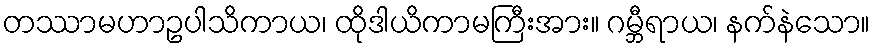
တဿာမဟာဥပါသိကာယ၊ ထိုဒါယိကာမကြီးအား။ ဂမ္ဘီရာယ၊ နက်နဲသော။